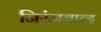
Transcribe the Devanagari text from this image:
निरंजनान्द